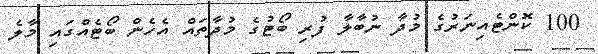
100 ކޮންޓެއިނަރުގެ މުދާ ނުބާލާ ފުރި ބޯޓުގެ މުދާތައް އެހެން ބޯޓެއްގައި މާލެ